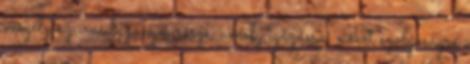
veszély az írás bizonyos része, amely igázásra, nőket szolgaságra